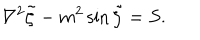
LaTeX: { \nabla ^ { 2 } \tilde { \zeta } - m ^ { 2 } \sin \tilde { \zeta } = S } .